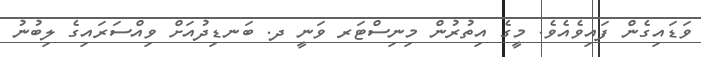
ވަޑައިގެން ފައިވެއެވެ. މީގެ އިތުރުން މިނިސްޓަރ ވަނީ ދ. ބަނޑިދުއަށް ވިއްސަރައިގެ ލިބުނު